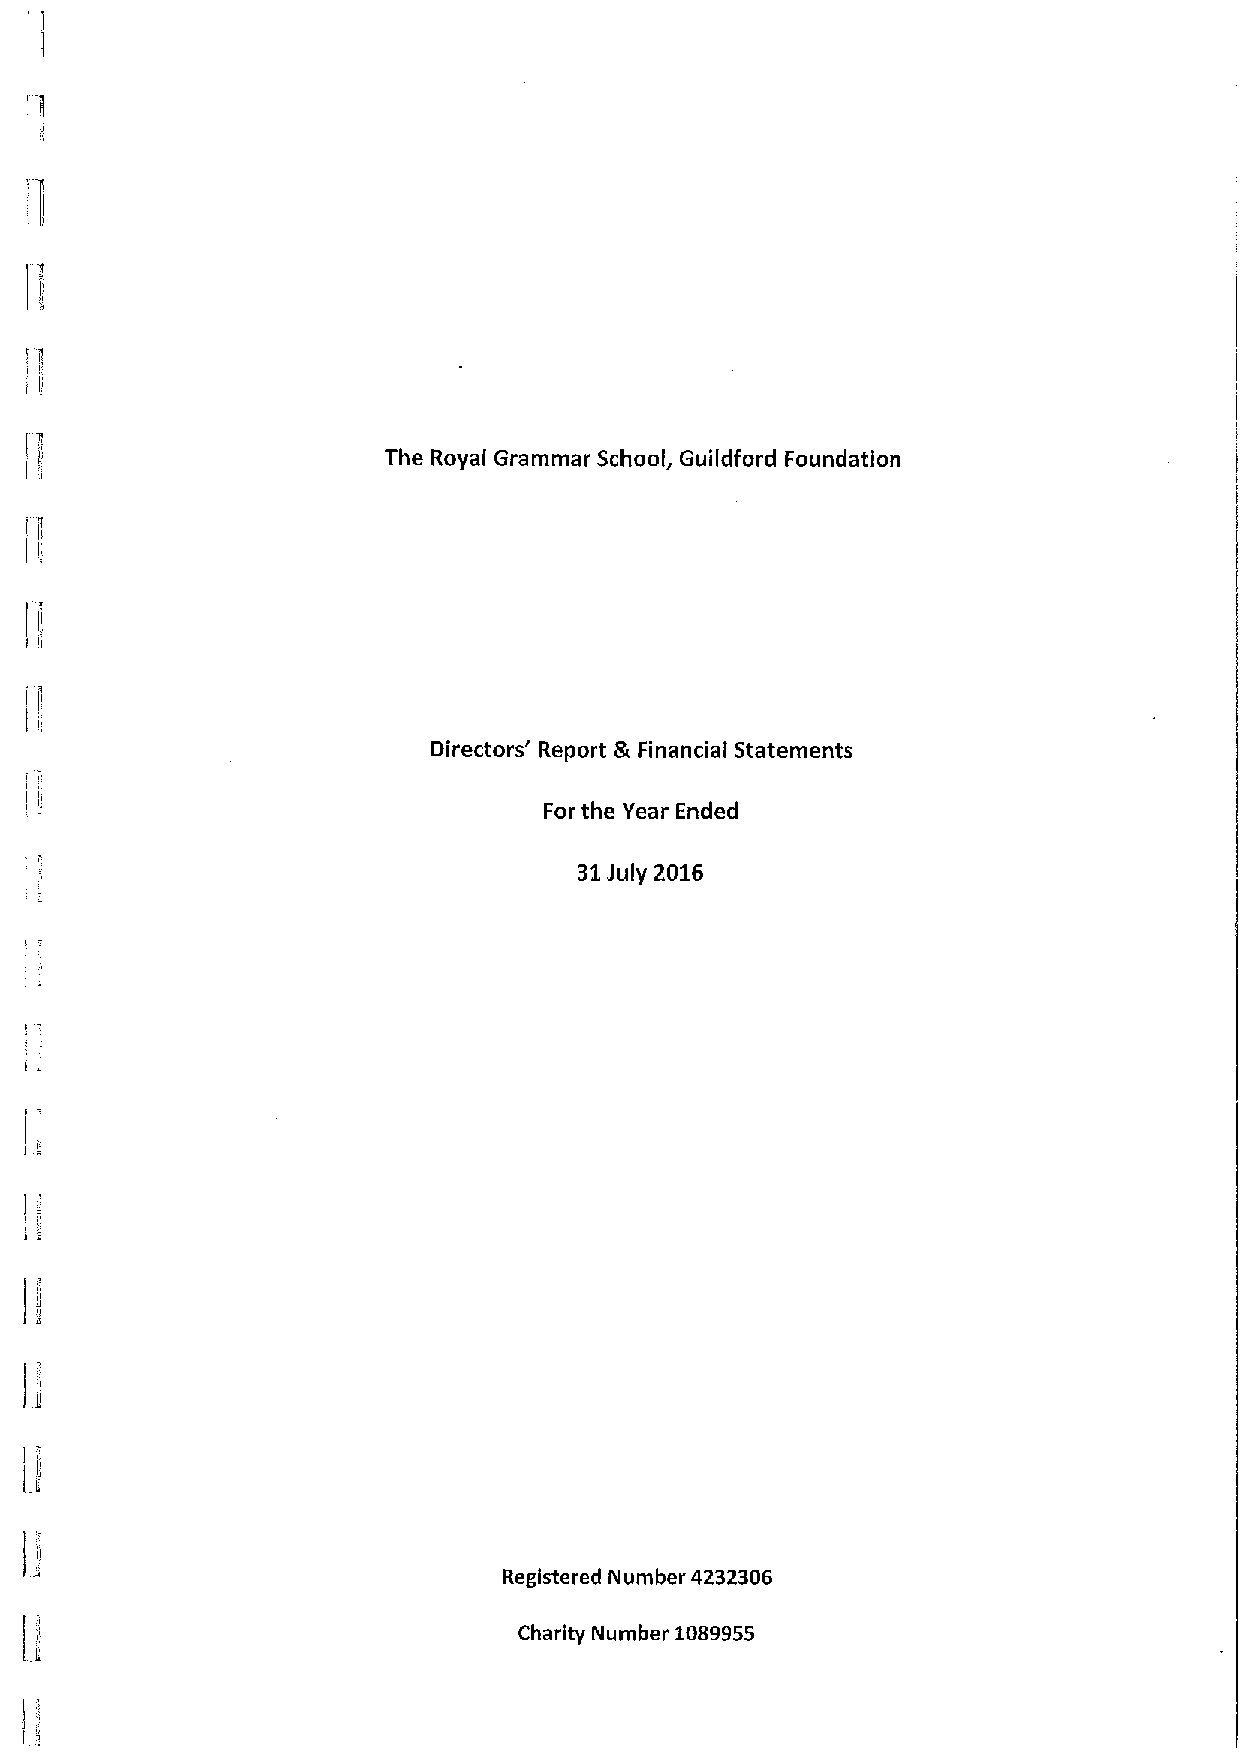
The Royal Grammar School, Guildford Foundation
 Directors' Report &Financial Statements
 For the Year Ended
 31July 2016
 Registered Number 4232306
 Charity Number 1089955